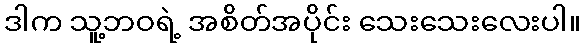
ဒါက သူ့ဘဝရဲ့ အစိတ်အပိုင်း သေးသေးလေးပါ။